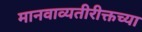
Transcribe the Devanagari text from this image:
मानवाव्यतीरीक्तच्या